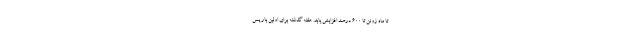
تا ماه ژوئن تا ۶۰۰ درصد افزایش یابد. هفته گذشته برای اولین بار پس